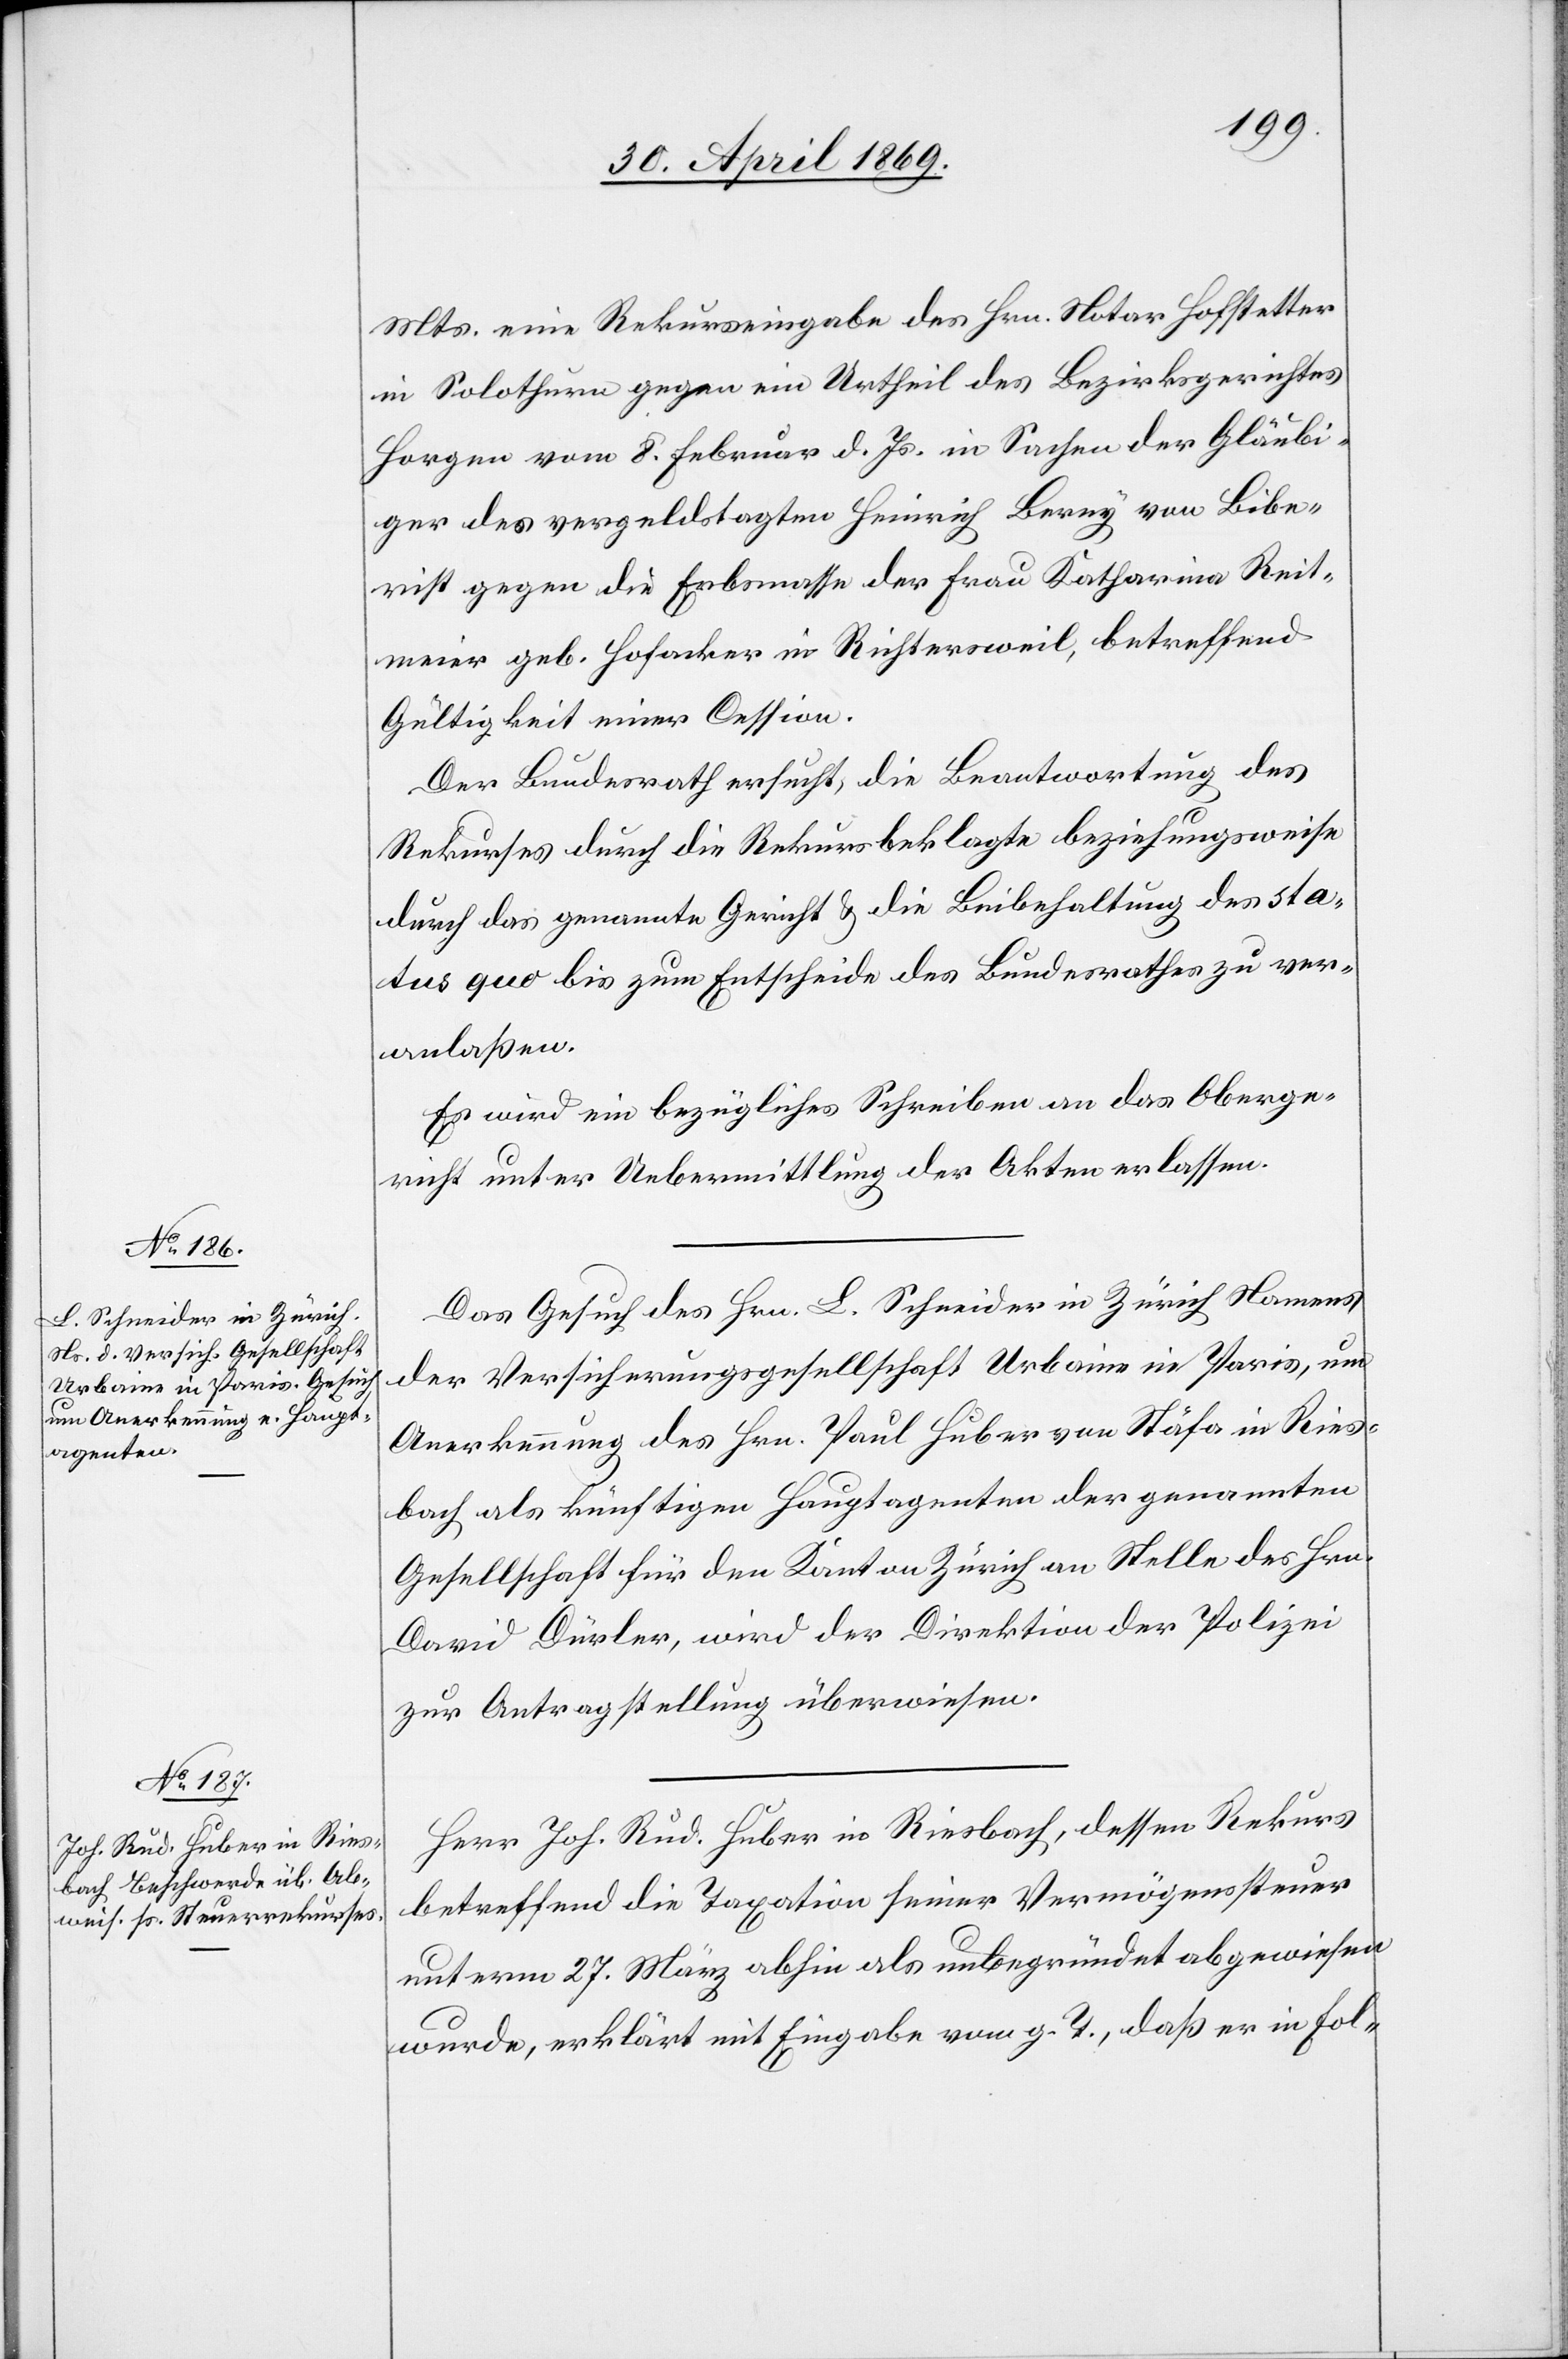
Mts. eine Rekurseingabe des Hrn. Notar Hofstetter
in Solothurn gegen ein Urtheil des Bezirksgerichtes
Horgen vom 8. Februar d. Js. in Sachen der Gläubi¬
ger des vergeldstagten Heinrich Berey von Bibe¬
rist gegen die Erbmasse der Frau Katharina Reit¬
meier geb. Hofacker in Richtersweil, betreffend
Gültigkeit einer Cession.
Der Bundesrath ersucht die Beantwortung des
Rekurses durch die Rekursbeklagte beziehungsweise
durch das genannte Gericht u. die Beibehaltung des sta¬
tus quo bis zum Entscheide des Bundesrathes zu ver¬
anlaßen.
Es wird ein bezügliches Schreiben an das Oberge¬
richt unter Uebermittlung der Akten erlassen.
Das Gesuch des Hrn. L. Schneider in Zürich Namens
der Versicherungsgesellschaft Urbaine in Paris, um
Anerkennung des Hrn. Paul Huber von Stäfa in Ries¬
bach als künftigen Hauptagenten der genannten
Gesellschaft für den Kanton Zürich an Stelle des Hrn.
David Dürler, wird der Direktion der Polizei
zur Antragstellung überwiesen.
Herr Joh. Rud. Huber in Riesbach, dessen Rekurs
betreffend die Taxation seiner Vermögenssteuer
unterm 28. März abhin als unbegründet abgewiesen
wurde, erklärt mit Eingabe vom g. T., daß er in Fol-